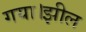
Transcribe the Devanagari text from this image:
गया।झील